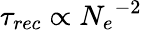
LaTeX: \tau_{rec}\propto{N_{e}}^{-2}